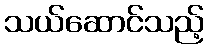
သယ်ဆောင်သည့်